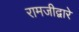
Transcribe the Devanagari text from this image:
रामजीद्वारे